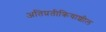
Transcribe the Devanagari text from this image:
अतिप्रतीक्रियाशील